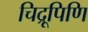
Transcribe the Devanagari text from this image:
चिद्रूपिणि